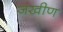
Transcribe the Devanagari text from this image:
जखीण